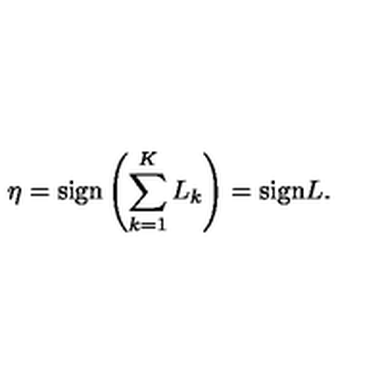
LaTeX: \eta = \mathrm { s i g n } \left( \sum _ { k = 1 } ^ { K } L _ { k } \right) = \mathrm { s i g n } L .